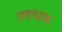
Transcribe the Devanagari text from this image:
रूरूधाम